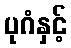
ပုဂံနှင့်